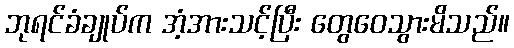
ဘုရင်ခံချုပ်က အံ့အားသင့်ပြီး တွေဝေသွားမိသည်။